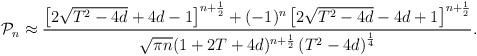
LaTeX: \begin{align*}{\cal P}_n\approx\frac {\left[2\sqrt {T^2-4d}+4d-1\right]^{n+\frac 12}+(-1)^n\left[2\sqrt {T^2-4d}-4d+1\right]^{n+\frac12}}{\sqrt {\pi n}(1+2T+4d)^{n+\frac 12}\left(T^2-4d\right)^{\frac14}}.\end{align*}